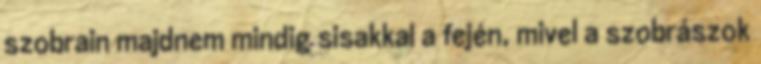
szobrain majdnem mindig sisakkal a fején, mivel a szobrászok